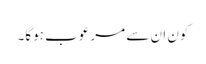
کون ان سے مرعوب ہوگا۔